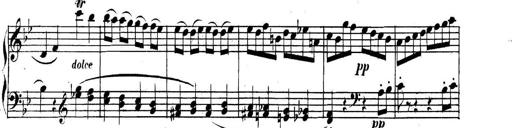
Title: Collected Piano Sonatas
Composer: Muzio Clementi